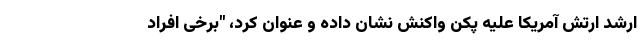
ارشد ارتش آمریکا علیه پکن واکنش نشان داده و عنوان کرد، "برخی افراد